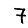
Digit: 7